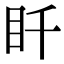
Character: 䀒